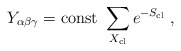
\begin{align*}Y_{\alpha \beta \gamma}= {\rm const}~ \sum_{X_{\rm cl}} e^{-S_{\rm cl}} \;,\end{align*}